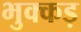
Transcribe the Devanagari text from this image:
भुक्कड़